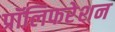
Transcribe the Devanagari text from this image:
प्रॉलिफरेशन